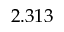
2 . 3 1 3